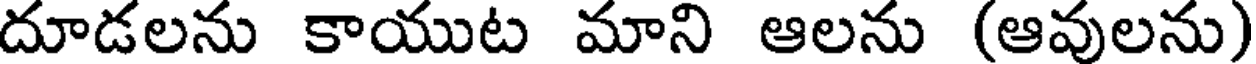
దూడలను కాయుట మాని ఆలను (ఆవులను)